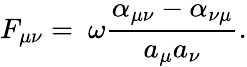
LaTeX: F_{\mu\nu}=\ \omega\frac{\alpha_{\mu\nu}-\alpha_{\nu\mu}}{a_{\mu}a_{\nu}}.